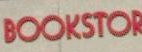
BOOkSTOR